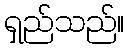
ရှည်သည်။